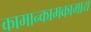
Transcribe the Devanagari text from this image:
कामान्कामकामाय